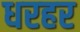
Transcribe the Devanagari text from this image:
धरहर